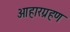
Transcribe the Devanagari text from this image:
आहारग्रहण